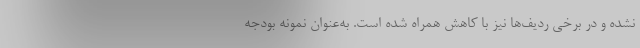
نشده و در برخی ردیف‌ها نیز با کاهش همراه شده است. به‌عنوان نمونه بودجه